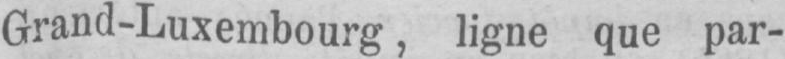
Grand-Luxembourg, ligne que par-